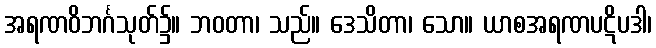
အရဏဝိဘင်္ဂသုတ်၌။ ဘဝတာ၊ သည်။ ဒေသိတာ၊ သော။ ယာစအရဏပဋိပဒါ၊